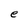
Character: e